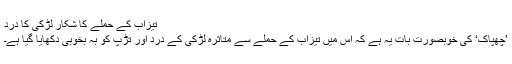
تیزاب کے حملے کا شکار لڑکی کا درد
’چھپاک‘ کی خوبصورت بات یہ ہے کہ اس میں تیزاب کے حملے سے متاثرہ لڑکی کے درد اور تڑپ کو بہ بخوبی دکھایا گیا ہے۔